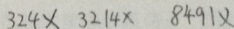
3 2 4 \times 3 2 1 4 \times 8 4 9 1 x